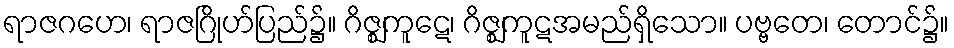
ရာဇဂဟေ၊ ရာဇဂြိုဟ်ပြည်၌။ ဂိဇ္ဈကူဋေ၊ ဂိဇ္ဈကူဋအမည်ရှိသော။ ပဗ္ဗတေ၊ တောင်၌။